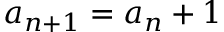
a _ { n + 1 } = a _ { n } + 1